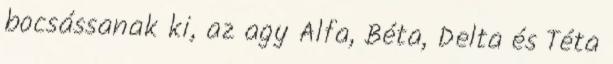
bocsássanak ki, az agy Alfa, Béta, Delta és Téta